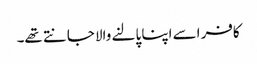
کافر اسے اپنا پالنے والا جانتے تھے۔